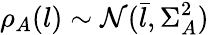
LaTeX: \rho_{A}(l)\sim\mathcal{N}(\bar{l},\Sigma_{A}^{2})